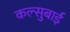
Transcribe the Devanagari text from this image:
कल्सुबाई